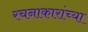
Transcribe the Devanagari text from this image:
रचनाकारांच्या